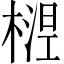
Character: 𬄅